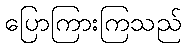
ပြောကြားကြသည်